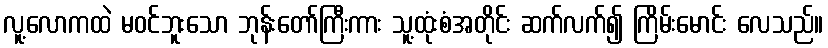
လူ့လောကထဲ မဝင်ဘူးသော ဘုန်းတော်ကြီးကား သူ့ထုံးစံအတိုင်း ဆက်လက်၍ ကြိမ်းမောင်း လေသည်။